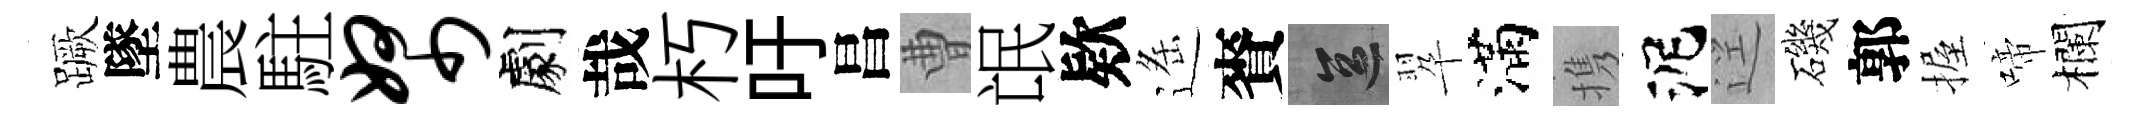
蹶墜農駐帑劇哉朽吁昌曹氓欵遥賚區翆滿携泥逕磯郭握啼欄